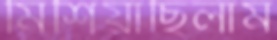
মিশিয়াছিলাম